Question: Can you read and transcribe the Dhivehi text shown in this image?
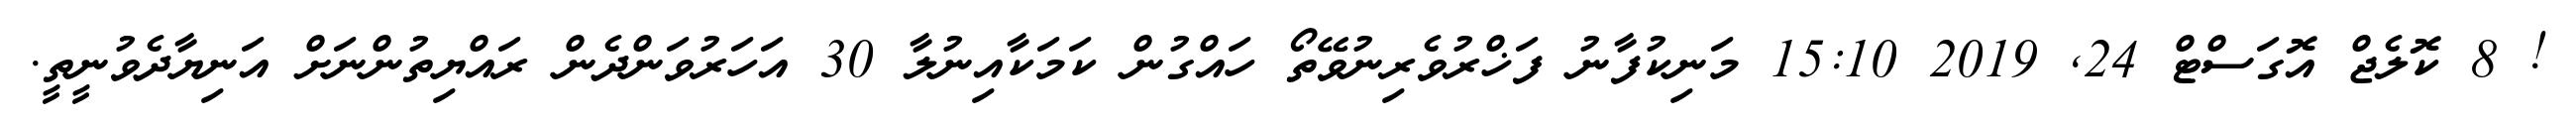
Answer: ! 8 ކޮލެޖް އޮގަސްޓް 24, 2019 15:10 މަނިކުފާނު ފަޚްރުވެރިނުވޭތޯ ހައްގުން ކަމަކާއިނުލާ 30 އަހަރުވަންދެން ރައްޔިތުންނަށް އަނިޔާދެވުނީތީ.